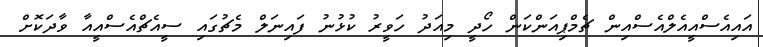
އައިއެސްއީއެލްއެސްއިން ޗެމްޕިއަންކަން ހޯދީ މިއަދު ހަވީރު ކުޅުނު ފައިނަލް މެޗުގައި ސީއެޗްއެސްއީއާ ވާދަކޮށް